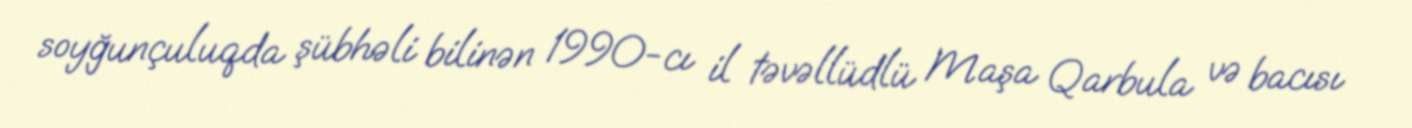
soyğunçuluqda şübhəli bilinən 1990-cı il təvəllüdlü Maşa Qarbula və bacısı